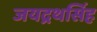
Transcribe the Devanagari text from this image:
जयद्रथसिंह